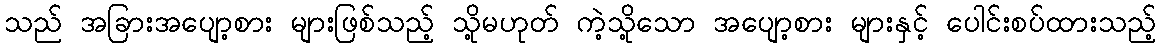
သည် အခြားအပျော့စား များဖြစ်သည့် သို့မဟုတ် ကဲ့သို့သော အပျော့စား များနှင့် ပေါင်းစပ်ထားသည့်